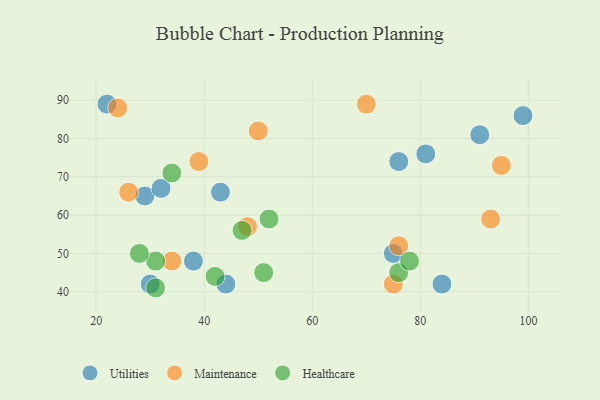
{"axis": {"x": "GDP", "y": "Life Expectancy"}, "legend": ["Healthcare", "Maintenance", "Utilities"], "data": [{"x": "91", "y": 81, "type": "Utilities"}, {"x": "29", "y": 65, "type": "Utilities"}, {"x": "75", "y": 50, "type": "Utilities"}, {"x": "76", "y": 74, "type": "Utilities"}, {"x": "38", "y": 48, "type": "Utilities"}, {"x": "22", "y": 89, "type": "Utilities"}, {"x": "43", "y": 66, "type": "Utilities"}, {"x": "30", "y": 42, "type": "Utilities"}, {"x": "99", "y": 86, "type": "Utilities"}, {"x": "81", "y": 76, "type": "Utilities"}, {"x": "44", "y": 42, "type": "Utilities"}, {"x": "84", "y": 42, "type": "Utilities"}, {"x": "32", "y": 67, "type": "Utilities"}, {"x": "26", "y": 66, "type": "Maintenance"}, {"x": "95", "y": 73, "type": "Maintenance"}, {"x": "48", "y": 57, "type": "Maintenance"}, {"x": "75", "y": 42, "type": "Maintenance"}, {"x": "34", "y": 48, "type": "Maintenance"}, {"x": "93", "y": 59, "type": "Maintenance"}, {"x": "70", "y": 89, "type": "Maintenance"}, {"x": "50", "y": 82, "type": "Maintenance"}, {"x": "76", "y": 52, "type": "Maintenance"}, {"x": "24", "y": 88, "type": "Maintenance"}, {"x": "39", "y": 74, "type": "Maintenance"}, {"x": "47", "y": 56, "type": "Healthcare"}, {"x": "42", "y": 44, "type": "Healthcare"}, {"x": "52", "y": 59, "type": "Healthcare"}, {"x": "31", "y": 48, "type": "Healthcare"}, {"x": "76", "y": 45, "type": "Healthcare"}, {"x": "78", "y": 48, "type": "Healthcare"}, {"x": "31", "y": 41, "type": "Healthcare"}, {"x": "34", "y": 71, "type": "Healthcare"}, {"x": "28", "y": 50, "type": "Healthcare"}, {"x": "51", "y": 45, "type": "Healthcare"}]}